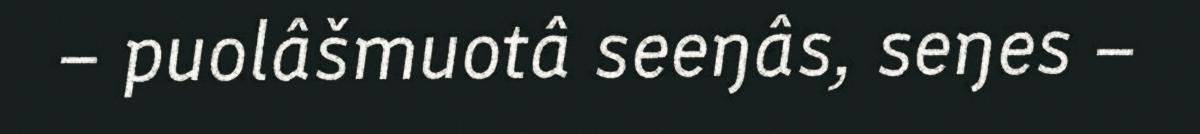
– puolâšmuotâ seeŋâs, seŋes –